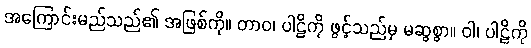
အကြောင်းမည်သည်၏ အဖြစ်ကို။ တာဝ၊ ပါဠိကို ဖွင့်သည်မှ မဆွစွာ။ ဝါ၊ ပါဠိကို